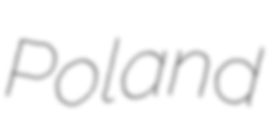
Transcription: Poland